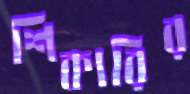
শিকারির